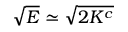
\sqrt { E } \simeq \sqrt { 2 K ^ { c } }